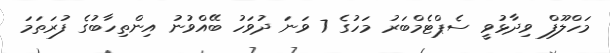
މަހްލޫފް ވިދާޅުވީ ސެޕްޓެމްބަރު މަހުގެ 7 ވަނަ ދުވަހު ބޭއްވުނު އިންތިހާބުގެ ފުރަތަމަ